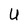
Character: U